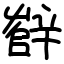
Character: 辥